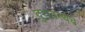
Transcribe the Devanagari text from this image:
दुरावस्थेचे